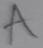
Text: A